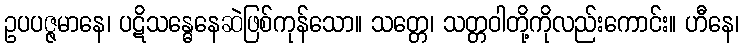
ဥပပဇ္ဇမာနေ၊ ပဋိသန္ဓေနေဆဲဖြစ်ကုန်သော။ သတ္တေ၊ သတ္တဝါတို့ကိုလည်းကောင်း။ ဟီနေ၊